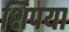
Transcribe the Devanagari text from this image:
शिपया